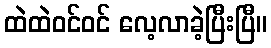
ထဲထဲဝင်ဝင် လေ့လာခဲ့ပြီးပြီ။